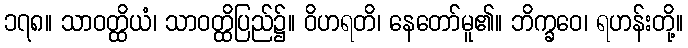
၁၇၈။ သာဝတ္ထိယံ၊ သာဝတ္ထိပြည်၌။ ဝိဟရတိ၊ နေတော်မူ၏။ ဘိက္ခဝေ၊ ရဟန်းတို့။